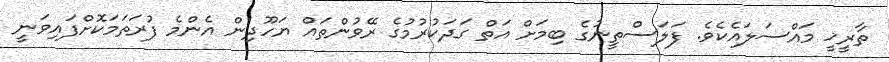
ތާރީޚީ މައްސަލައެކެވެ. ފަލަސްތީނުގެ ބިމަށް އަތް ގަދަކުރުމުގެ ރޭވުންތައް ޔަހޫދިން އެންމެ ފުރަތަމަކޮށްފައިވަނީ